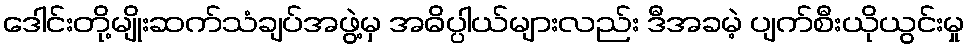
ဒေါင်းတို့မျိုးဆက်သံချပ်အဖွဲ့မှ အဓိပ္ပါယ်များလည်း ဒီအခမဲ့ ပျက်စီးယိုယွင်းမှု